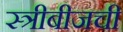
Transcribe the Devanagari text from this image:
स्त्रीबीजची